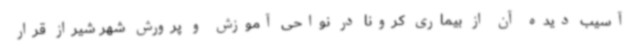
آسیب دیده آن از بیماری کرونا در نواحی آموزش و پرورش شهر شیراز قرار